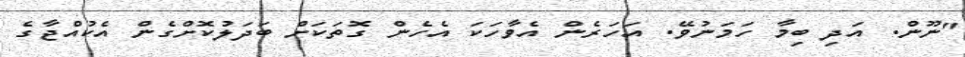
"ނޫން. އަދި ބިމާ ހަމަނުވޭ. އަހަރެން އެވާހަކަ އެހެން ގޮތަކަށް ބަދަލުކޮށްގެން އެކުއްޖާގެ